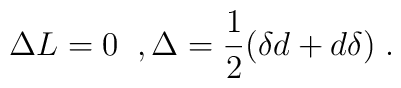
\Delta L = 0 \;\;, \Delta = \frac{1}{2} (\delta d + d \delta) \;.